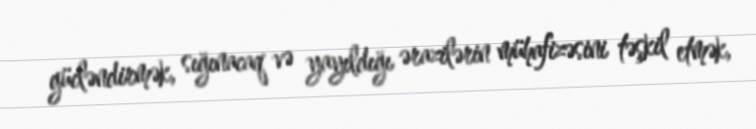
gücləndirmək, sığınacaq və yayıldığı ərazilərin mühafizəsini təşkil etmək,